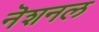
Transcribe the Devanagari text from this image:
नॆशनल